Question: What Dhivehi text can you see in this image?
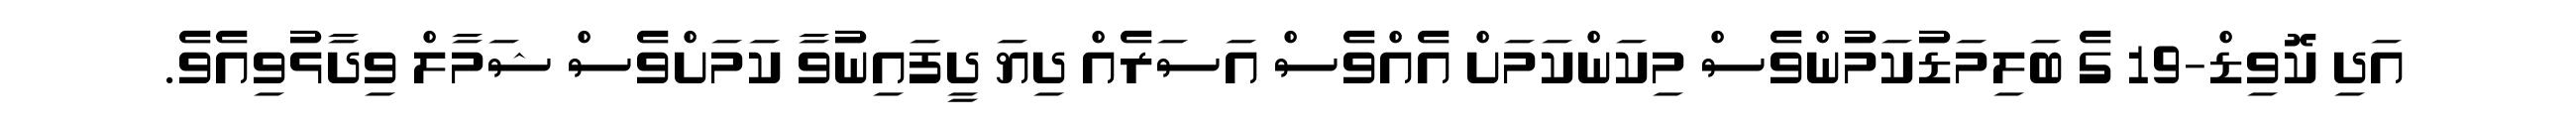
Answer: އަދި ކޮވިޑް-19 ގެ ބަލިމަޑުކަމުންވެސް މިކަންކަމަށް އެއްވެސް އަސަރެއް ދިޔަ ދީފައިނުވާ ކަމަށްވެސް ޝަމާލް ވިދާޅުވިއެވެ.